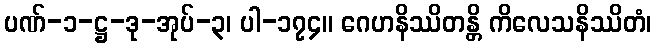
ပဏ်-၁-ဋ္ဌ-ဒု-အုပ်-၃၊ ပါ-၁၇၄။ ဂေဟနိဿိတန္တိ ကိလေသနိဿိတံ၊